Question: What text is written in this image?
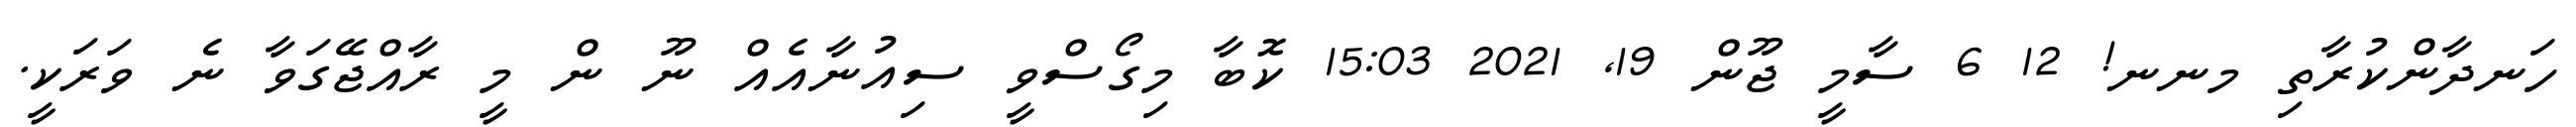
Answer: ހަނދާންކުރާތި މނނ! 12 6 ސާމީ ޖޫން 19, 2021 15:03 ކޮބާ މިގޯސްވީ ސިއުނާއެއް ނޫ ން މީ ރާއްޖޭގަވާ ނެ ވަރަކީ.